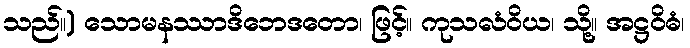
သည်။) သောမနဿာဒိဘေဒတော၊ ဖြင့်။ ကုသလံဝိယ၊ သို့။ အဋ္ဌဝိဓံ၊